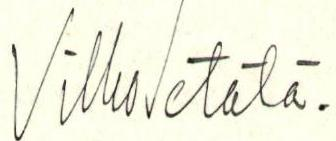
Vilho Setälä.